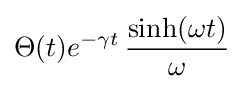
\Theta (t)e^{-\gamma t}\,{\frac {\sinh(\omega t)}{\omega }}